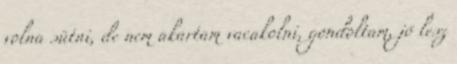
volna sütni, de nem akartam vacakolni, gondoltam, jó lesz